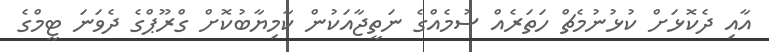
އާއި ދެކޮޅަށް ކުޅުނުމެޗް ހަތަރެއް ސުމެއްގެ ނަތީޖާއަކުން ކާމިޔާބުކޮށް ގްރޫޕްގެ ދެވަނަ ޓީމްގެ